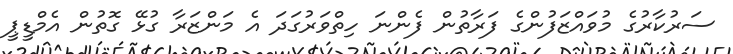
ސަރުކާރުގެ މުވައްޒަފުންގެ ފަރާތުން ފެންނަ ހިތްވަރުގަދަ އެ މަންޒަރާ ގުޅޭ ގޮތުން އެމްޑީޕީ